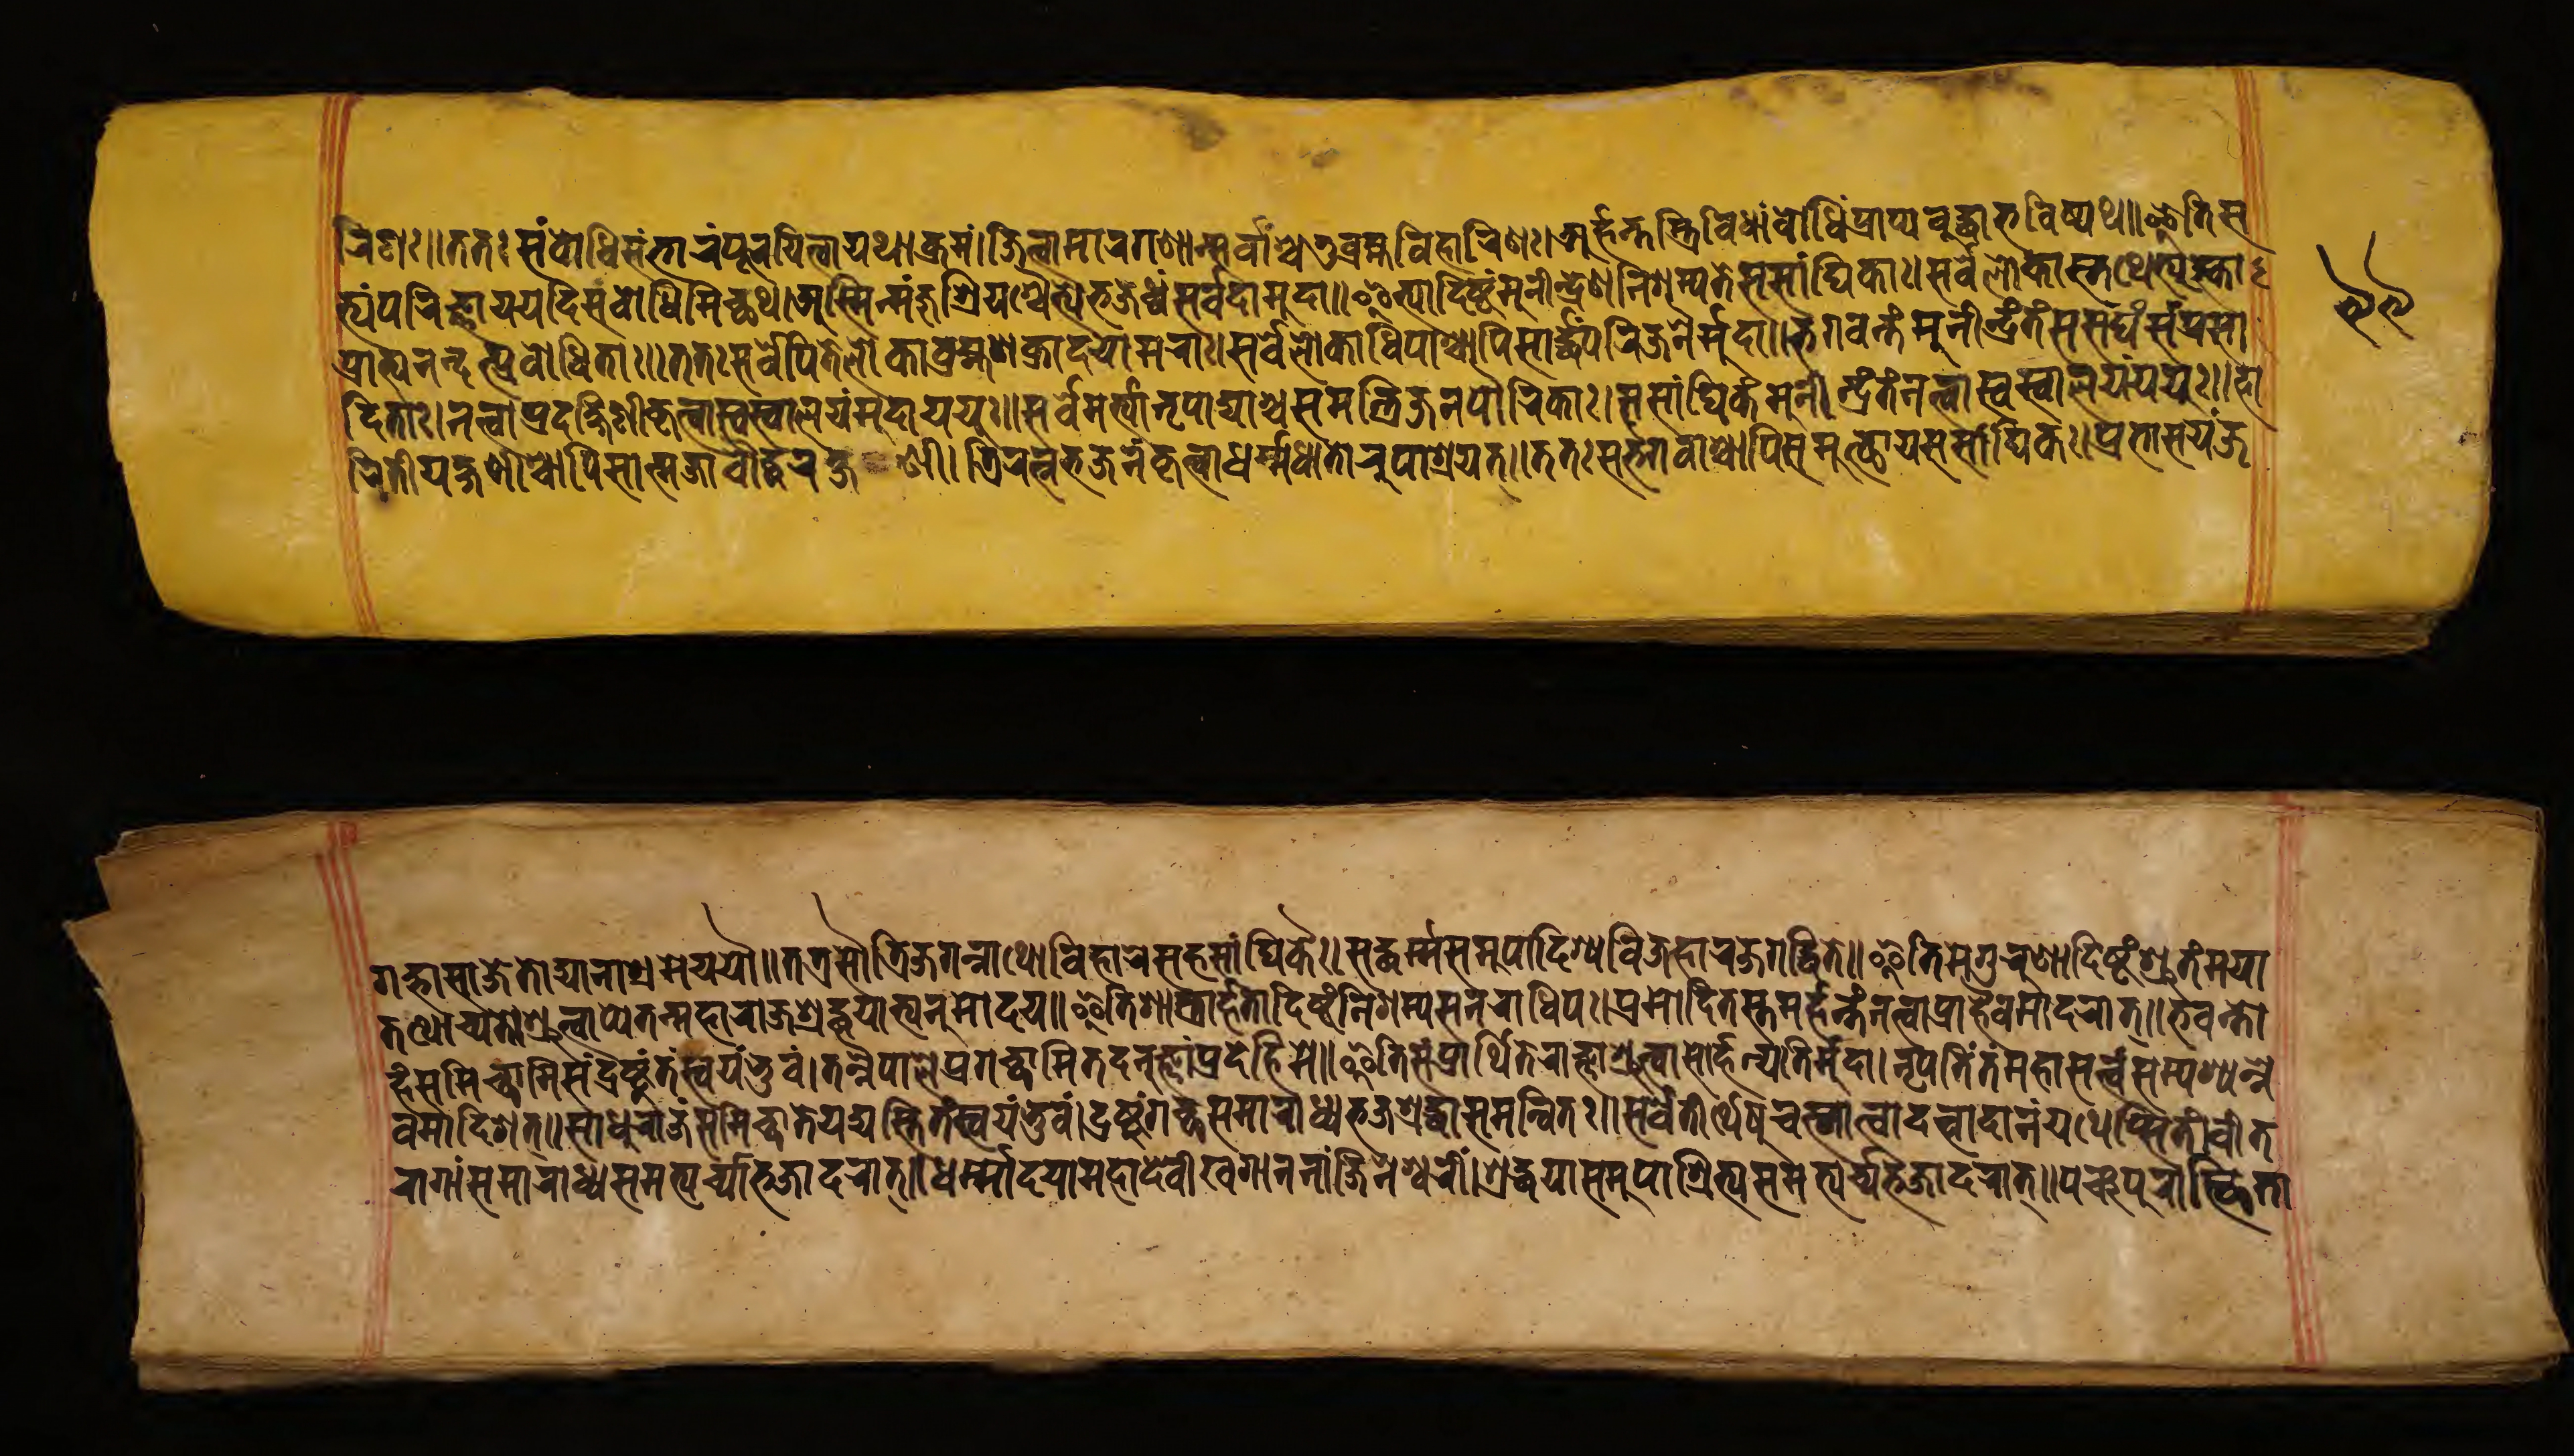
𑐬𑐶𑐞𑑅𑑌𑐟𑐟𑑅𑐳𑑄𑐧𑑀𑐢𑐶𑐳𑑄𑐨𑐵𑐬𑑄𑐥𑐹𑐬𑐫𑐶𑐟𑑂𑐰𑐵𑐫𑐠𑐵𑐎𑑂𑐬𑐩𑑄𑑋𑐖𑐶𑐟𑑂𑐰𑐵𑐩𑐵𑐬𑐐𑐞𑐵𑐣𑑂𑐳𑐬𑑂𑐰𑐵𑐱𑑂𑐔𑐟𑐸𑐬𑑂𑐧𑑂𑐬𑐴𑑂𑐩𑐰𑐶𑐴𑐵𑐬𑐶𑐞𑑅𑑌𑐀𑐬𑑂𑐴𑐣𑑂𑐟𑐳𑑂𑐟𑑂𑐬𑐶𑐰𑐶𑐢𑐵𑑄𑐧𑑀𑐢𑐶𑑄𑐥𑑂𑐬𑐵𑐥𑑂𑐫𑐧𑐸𑐡𑑂𑐢𑐵𑐨𑐰𑐶𑐲𑑂𑐫𑐠𑑋𑐂𑐟𑐶𑐳 𑐟𑑂𑐫𑑄𑐥𑐬𑐶𑐖𑑂𑐘𑐵𑐫𑐫𑐡𑐶𑐳𑑄𑐧𑑀𑐢𑐶𑐩𑐶𑐔𑑂𑐕𑐠𑑌𑐀𑐳𑑂𑐩𑐶𑐣𑑂𑐩𑐘𑑂𑐖𑐸𑐱𑑂𑐬𑐶𑐫𑐱𑑂𑐔𑐿𑐟𑑂𑐫𑑄𑐨𑐖𑐢𑑂𑐰𑑄𑐳𑐬𑑂𑐰𑐡𑐵𑐩𑐸𑐡𑐵𑑋𑐂𑐟𑑂𑐫𑐵𑐡𑐶𑐲𑑂𑐚𑑄𑐩𑐸𑐣𑐷𑐣𑑂𑐡𑑂𑐬𑐾𑐞𑐣𑐶𑐱𑐩𑑂𑐫𑐟𑐾𑐳𑐳𑐵𑑄𑐢𑐶𑐎𑐵𑑅𑑌𑐳𑐬𑑂𑐰𑐮𑑀𑐎𑐵𑐳𑑂𑐟𑐠𑐾𑐟𑑂𑐫𑐸𑐎𑑂𑐟𑐵 𑐥𑑂𑐬𑐵𑐨𑑂𑐫𑐣𑐣𑑂𑐡𑐟𑑂𑐥𑑂𑐬𑐧𑑀𑐢𑐶𑐟𑐵𑑅𑑋𑐟𑐟𑑅𑐳𑐬𑑂𑐰𑐾𑐥𑐶𑐟𑐾𑐮𑑀𑐎𑐵𑐧𑑂𑐬𑐴𑑂𑐩𑐵𑐱𑐎𑑂𑐬𑐵𑐡𑐫𑑀𑐩𑐬𑐵𑑅𑑌𑐳𑐬𑑂𑐰𑐾𑐮𑑀𑐎𑐵𑐢𑐶𑐥𑐵𑐱𑑂𑐔𑐵𑐥𑐶𑐳𑐵𑐬𑑂𑐡𑑂𑐢𑑄𑐥𑐬𑐶𑐖𑐣𑐿𑐬𑑂𑐩𑐸𑐡𑐵𑑋𑐨𑐐𑐰𑐣𑑂𑐟𑑄𑐩𑐸𑐣𑐷𑐣𑑂𑐡𑑂𑐬𑑄𑐟𑑄𑐳𑐳𑑄𑐑𑐳𑑄𑐥𑑂𑐬𑐳𑐵 𑐡𑐶𑐟𑐵𑑅𑑌𑐣𑐟𑑂𑐰𑐵𑐥𑑂𑐬𑐡𑐎𑑂𑐲𑐶𑐞𑐷𑐎𑐺𑐟𑑂𑐰𑐵𑐳𑑂𑐰𑐳𑑂𑐰𑐵𑐮𑐫𑑄𑐩𑐸𑐡𑐵𑐫𑐫𑐸𑑅𑑋𑐳𑐬𑑂𑐰𑐾𑐩𑐬𑑂𑐟𑑂𑐫𑐵𑐣𑐺𑐥𑐵𑐡𑑂𑐫𑐵𑐱𑑂𑐔𑐳𑐩𑐣𑑂𑐟𑑂𑐬𑐶𑐖𑐣𑐥𑑁𑐬𑐶𑐎𑐵𑑅𑑌𑐳𑐳𑐵𑑄𑐢𑐶𑐎𑑄𑐩𑐸𑐣𑐷𑐣𑑂𑐡𑑂𑐬𑑄𑐟𑑄𑐣𑐟𑑂𑐰𑐵𑐳𑑂𑐰𑐳𑑂𑐰𑐵𑐮𑐫𑑄𑐫𑐫𑐸𑑅𑑋𑐴𑐵 𑐐𑐡𑑂𑐨𑐵𑐳𑐵𑐖𑐚𑑀𑐡𑑂𑐫𑐵𑐣𑐵𑐱𑑂𑐬𑐩𑐾𑐫𑐫𑑁𑑋𑐟𑐟𑑂𑐬𑐳𑐟𑑂𑐬𑐶𑐖𑐐𑐣𑑂𑐣𑐵𑐠𑑀𑐰𑐶𑐴𑐵𑐬𑐾𑐳𑐴𑐳𑐵𑑄𑐢𑐶𑐎𑐿𑑅𑑌𑐳𑐡𑑂𑐢𑐬𑑂𑐩𑑂𑐩𑐳𑐩𑐸𑐥𑐵𑐡𑐶𑐱𑑂𑐫𑐰𑐶𑐖𑐴𑐵𑐬𑐖𑐐𑐡𑑂𑐢𑐶𑐟𑐾𑑋𑐂𑐟𑐶𑐟𑐾𑐐𑐸𑐬𑐸𑐞𑐵𑐡𑐶𑐲𑑂𑐚𑑄𑐱𑑂𑐬𑐸𑐟𑑄𑐩𑐫𑐵 𑐬𑐷𑐟𑐶𑐫𑐎𑑂𑐲𑐶𑐞𑐷𑐱𑐵𑐥𑐶𑐳𑐵𑐟𑑂𑐩𑐖𑐵𑐧𑑁𑐡𑑂𑐢𑐬𑐎𑑂𑐲𑐞𑐷𑑌𑐟𑑂𑐬𑐶𑐬𑐟𑑂𑐣𑐨𑐖𑐣𑑄𑐎𑐺𑐟𑑂𑐰𑐵𑐢𑐬𑑂𑐩𑐢𑐵𑐟𑑀𑐬𑐹𑐥𑐵𑐱𑑂𑐬𑐫𑐟𑑂𑑋𑐟𑐟𑑅𑐳𑐨𑐐𑐰𑐵𑑄𑐱𑑂𑐔𑐵𑐥𑐶𑐳𑐩𑐸𑐟𑑂𑐠𑐵𑐫𑐳𑐳𑐵𑑄𑐢𑐶𑐎𑑅𑑌𑐥𑑂𑐬𑐨𑐵𑐳𑐫𑑄𑐖 𑐟𑐠𑑀𑐔𑑂𑐫𑐟𑐾𑑌𑐱𑑂𑐬𑐸𑐟𑑂𑐰𑐵𑐥𑑂𑐫𑐾𑐟𑐣𑑂𑐩𑐴𑐵𑐬𑐵𑐖𑐵𑐱𑑂𑐬𑐡𑑂𑐢𑐫𑐵𑐨𑑂𑐫𑐣𑐸𑐩𑑀𑐡𑐫𑑋𑐂𑐟𑐶𑐱𑐵𑐳𑑂𑐟𑑂𑐬𑐵𑐬𑑂𑐴𑐟𑐵𑐡𑐶𑐲𑑂𑐚𑑄𑐣𑐶𑐱𑐩𑑂𑐫𑐳𑐣𑐬𑐵𑐢𑐶𑐥𑑅𑑌𑐥𑑂𑐬𑐳𑐵𑐡𑐶𑐟𑐳𑑂𑐟𑐩𑐬𑑂𑐴𑐣𑑂𑐟𑐣𑐟𑑂𑐰𑐵𑐥𑑂𑐬𑐵𑐴𑐿𑐰𑐩𑐵𑐡𑐬𑐵𑐟𑑂𑑋𑐨𑐡𑐣𑑂𑐟𑑀 𑐴𑑄𑐳𑐩𑐶𑐔𑑂𑐕𑐵𑐩𑐶𑐳𑑄𑐡𑑂𑐬𑐲𑑂𑐚𑐸𑑄𑐟𑑄𑐳𑑂𑐰𑐫𑑄𑐨𑐸𑐰𑑄𑑌𑐟𑐣𑑂𑐣𑐿𑐥𑐵𑐮𑐾𑐥𑑂𑐬𑐐𑐔𑑂𑐕𑐵𑐩𑐶𑐟𑐡𑐣𑐸𑐖𑑂𑐘𑐵𑑄𑐥𑑂𑐬𑐡𑐾𑐴𑐶𑐩𑐾𑑋𑐂𑐟𑐶𑐳𑑄𑐥𑑂𑐬𑐵𑐬𑑂𑐠𑐶𑐟𑑄𑐬𑐵𑐖𑑂𑐘𑐵𑐱𑑂𑐬𑐸𑐟𑑂𑐰𑐵𑐳𑑀𑐬𑑂𑐴𑐣𑑂𑐫𑐟𑐶𑐬𑑂𑐩𑐸𑐡𑐵𑑌𑐣𑐺𑐥𑐟𑐶𑑄𑐟𑑄𑐩𑐴𑐵𑐳𑐟𑑂𑐟𑑂𑐰𑑄𑐳𑑄𑐥𑐱𑑂𑐫𑐣𑑂𑐣𑐾 𑐰𑐩𑐵𑐡𑐶𑐱𑑂𑐫𑐟𑑂𑑋𑐳𑐵𑐢𑐸𑐬𑐵𑐖𑐣𑑂𑐳𑐩𑐶𑐔𑑂𑐕𑐵𑐟𑐾𑐫𑐡𑑂𑐫𑐳𑑂𑐟𑐶𑐟𑑄𑐳𑑂𑐰𑐫𑐩𑑂𑐨𑐸𑐰𑑄𑑌𑐡𑑂𑐬𑐲𑑂𑐚𑐸𑑄𑐐𑐔𑑂𑐕𑐳𑐩𑐵𑐬𑐵𑐢𑑂𑐫𑐨𑐖𑐱𑑂𑐬𑐡𑑂𑐢𑐵𑐳𑐩𑐣𑑂𑐰𑐶𑐟𑑅𑑋𑐳𑐬𑑂𑐰𑐟𑐷𑐬𑑂𑐠𑐾𑐲𑐸𑐔𑐳𑑂𑐣𑐵𑐟𑑂𑐰𑐵𑐡𑐟𑑂𑐰𑐵𑐡𑐵𑐣𑑄𑐫𑐠𑐾𑐥𑑂𑐳𑐶𑐟𑐶𑐔𑐷𑐟 𑐬𑐵𑐐𑐵𑑄𑐳𑐩𑐵𑐬𑐵𑐢𑑂𑐫𑐳𑐩𑐨𑑂𑐫𑐬𑑂𑐔𑑂𑐫𑐨𑐶𑐖𑐵𑐡𑐬𑐵𑐟𑑂𑑋𑐢𑐬𑑂𑐩𑑀𑐡𑐫𑐵𑑄𑐩𑐴𑐵𑐡𑐾𑐰𑐷𑑄𑐏𑐐𑐵𑐣𑐣𑐵𑑄𑐖𑐶𑐣𑐾𑐱𑑂𑐰𑐬𑐷𑑄𑑌𑐱𑑂𑐬𑐡𑑂𑐢𑐫𑐵𑐳𑐩𑐸𑐥𑐵𑐱𑑂𑐬𑐶𑐟𑑂𑐫𑐳𑐩𑐨𑑂𑐫𑐬𑑂𑐔𑑂𑐫𑐨𑐖𑐵𑐡𑐬𑐵𑐟𑑂𑑋𑐥𑐘𑑂𑐔𑐥𑐸𑐬𑐵𑐳𑑂𑐠𑐶𑐟𑐵 𑑙𑑙